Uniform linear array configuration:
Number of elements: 8
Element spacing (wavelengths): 0.5
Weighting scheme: blackman
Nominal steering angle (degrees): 15
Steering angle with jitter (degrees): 13.254
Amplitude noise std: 0.05
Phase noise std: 0.05

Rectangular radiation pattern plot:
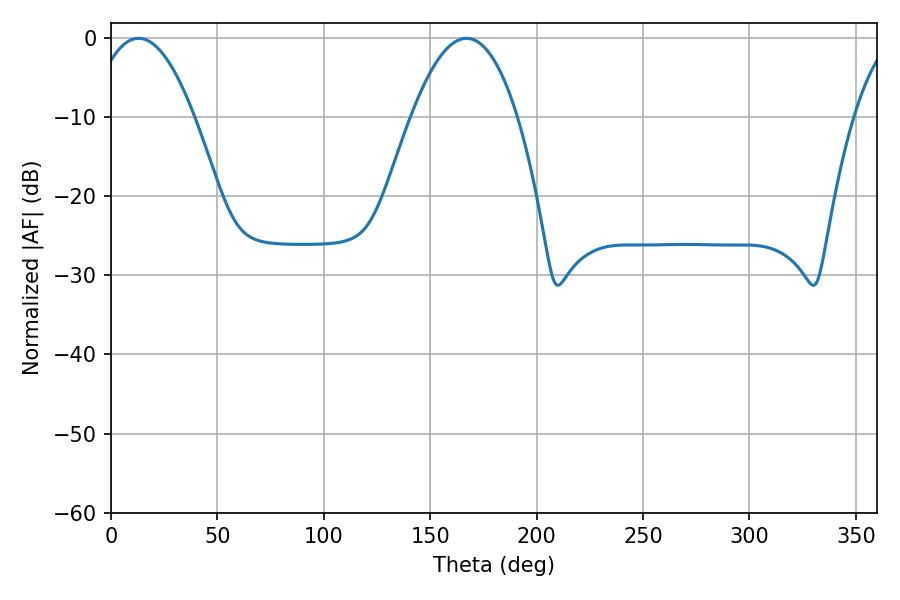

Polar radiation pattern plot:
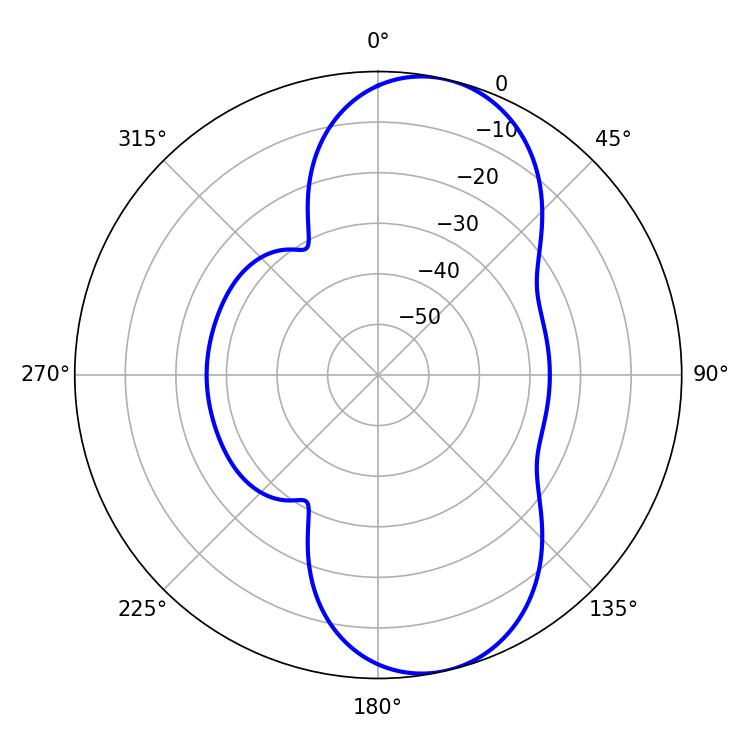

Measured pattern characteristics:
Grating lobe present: FALSE
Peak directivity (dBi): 9.222
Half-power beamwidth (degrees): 27
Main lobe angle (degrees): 12.96